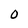
Character: 0